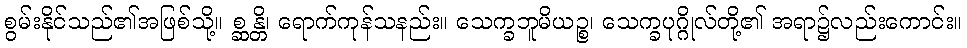
စွမ်းနိုင်သည်၏အဖြစ်သို့။ စ္ဆန္တိ၊ ရောက်ကုန်သနည်း။ သေက္ခဘူမိယဉ္စ၊ သေက္ခပုဂ္ဂိုလ်တို့၏ အရာ၌လည်းကောင်း။